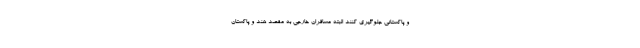
و پاکستانی جلوگیری کنند البته مسافران خارجی به مقصد هند و پاکستان